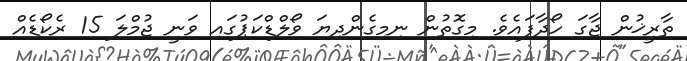
ތާރީޚުން ޖާގަ ހޯދާފައެވެ. މިގޮތުން ނިމިގެންދިޔަ ވޯލްޑްކަޕުގައި ވަނީ ޖުމްލަ 15 ރެކޯޑެއް